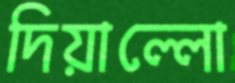
দিয়াল্লো